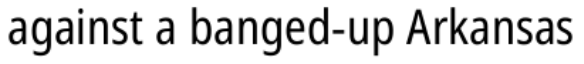
against a banged-up Arkansas